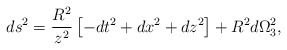
\begin{align*}ds^2 = \frac{R^2}{z^2} \left [ -dt^2 + dx^2 + dz^2 \right ] + R^2 d\Omega_3^2,\end{align*}